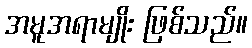
အမူအရာမျိုး ဖြစ်သည်။